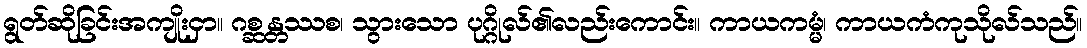
ရွတ်ဆိုခြင်းအကျိုးငှာ။ ဂစ္ဆန္တဿစ၊ သွားသော ပုဂ္ဂိုလ်၏လည်းကောင်း။ ကာယကမ္မံ၊ ကာယကံကုသိုလ်သည်။